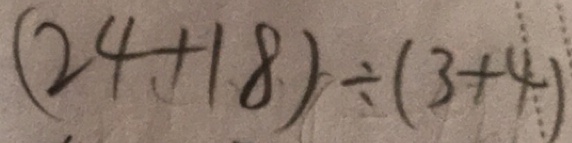
( 2 4 + 1 8 ) \div ( 3 + 4 )